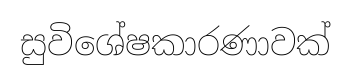
සුවිශේෂකාරණාවක්